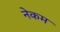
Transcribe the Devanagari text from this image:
नेकम